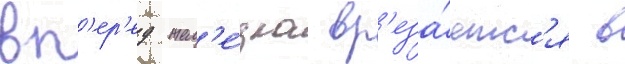
вп'ер'ед жел'е́зка вр'еза́етс'я в